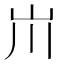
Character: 𡵅